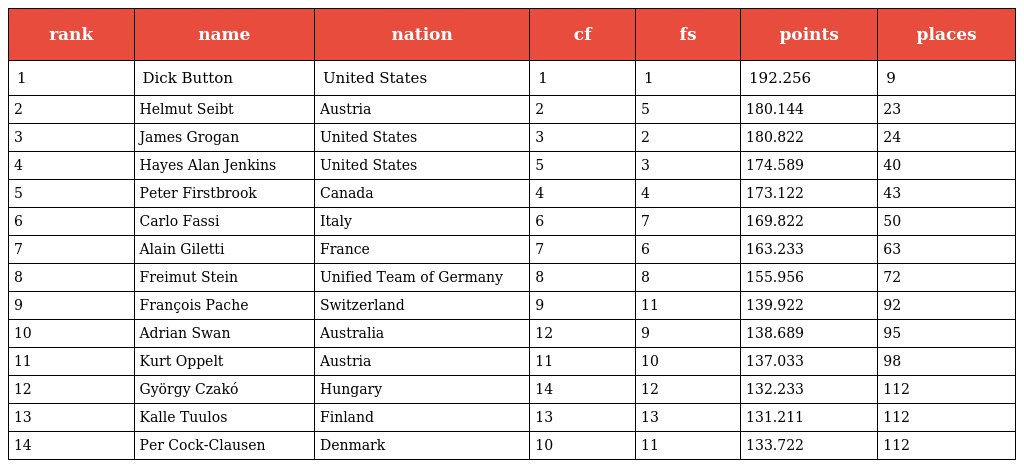
| rank | name | nation | cf | fs | points | places |
 | --- | --- | --- | --- | --- | --- | --- |
 | 1 | Dick Button | United States | 1 | 1 | 192.256 | 9 |
 | 2 | Helmut Seibt | Austria | 2 | 5 | 180.144 | 23 |
 | 3 | James Grogan | United States | 3 | 2 | 180.822 | 24 |
 | 4 | Hayes Alan Jenkins | United States | 5 | 3 | 174.589 | 40 |
 | 5 | Peter Firstbrook | Canada | 4 | 4 | 173.122 | 43 |
 | 6 | Carlo Fassi | Italy | 6 | 7 | 169.822 | 50 |
 | 7 | Alain Giletti | France | 7 | 6 | 163.233 | 63 |
 | 8 | Freimut Stein | Unified Team of Germany | 8 | 8 | 155.956 | 72 |
 | 9 | François Pache | Switzerland | 9 | 11 | 139.922 | 92 |
 | 10 | Adrian Swan | Australia | 12 | 9 | 138.689 | 95 |
 | 11 | Kurt Oppelt | Austria | 11 | 10 | 137.033 | 98 |
 | 12 | György Czakó | Hungary | 14 | 12 | 132.233 | 112 |
 | 13 | Kalle Tuulos | Finland | 13 | 13 | 131.211 | 112 |
 | 14 | Per Cock-Clausen | Denmark | 10 | 11 | 133.722 | 112 |